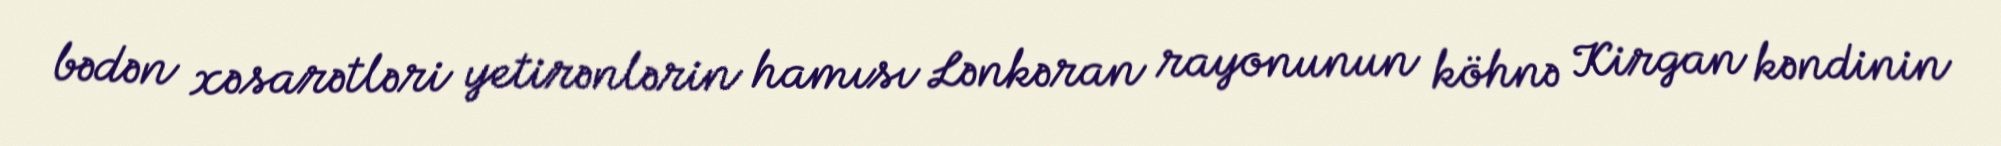
bədən xəsarətləri yetirənlərin hamısı Lənkəran rayonunun köhnə Kirgan kəndinin